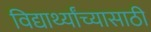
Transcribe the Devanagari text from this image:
विद्यार्थ्यांच्यासाठी